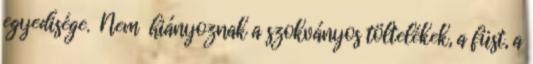
egyedisége. Nem hiányoznak a szokványos töltelékek, a füst, a